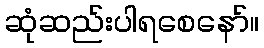
ဆုံဆည်းပါရစေနော်။